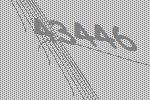
43446